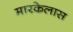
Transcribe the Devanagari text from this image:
मारकेलास